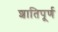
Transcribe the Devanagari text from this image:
शातिपूर्ण